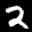
Label: 2